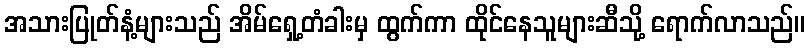
အသားပြုတ်နံ့များသည် အိမ်ရှေ့တံခါးမှ ထွက်ကာ ထိုင်နေသူများဆီသို့ ရောက်လာသည်။